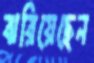
ঝরিয়েছেন